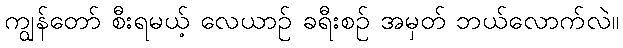
ကျွန်တော် စီးရမယ့် လေယာဉ် ခရီးစဉ် အမှတ် ဘယ်လောက်လဲ။